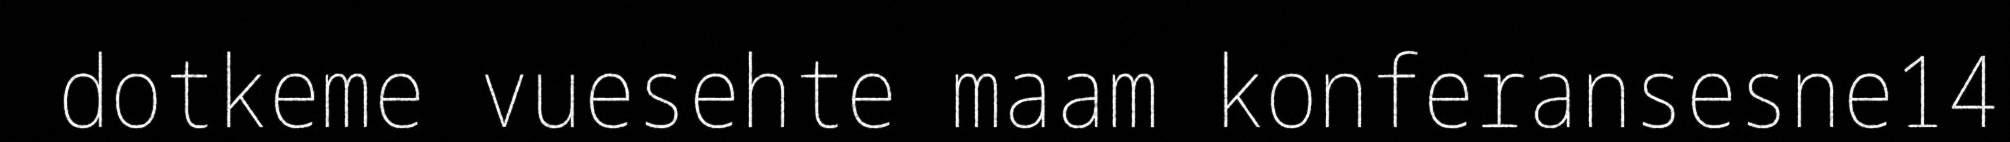
dotkeme vuesehte maam konferansesne14